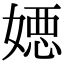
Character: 𡠇